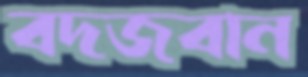
বদজবান